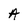
Character: A